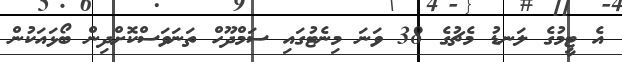
އެ ޓީމުގެ ލަނޑު މެޗުގެ 38 ވަނަ މިނެޓުގައި ސަމްދޫހް ތަނަވަސްކޮށްދިން ބޯޅައަކުން